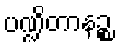
ပဏ္ဍိတာနဉ္စ